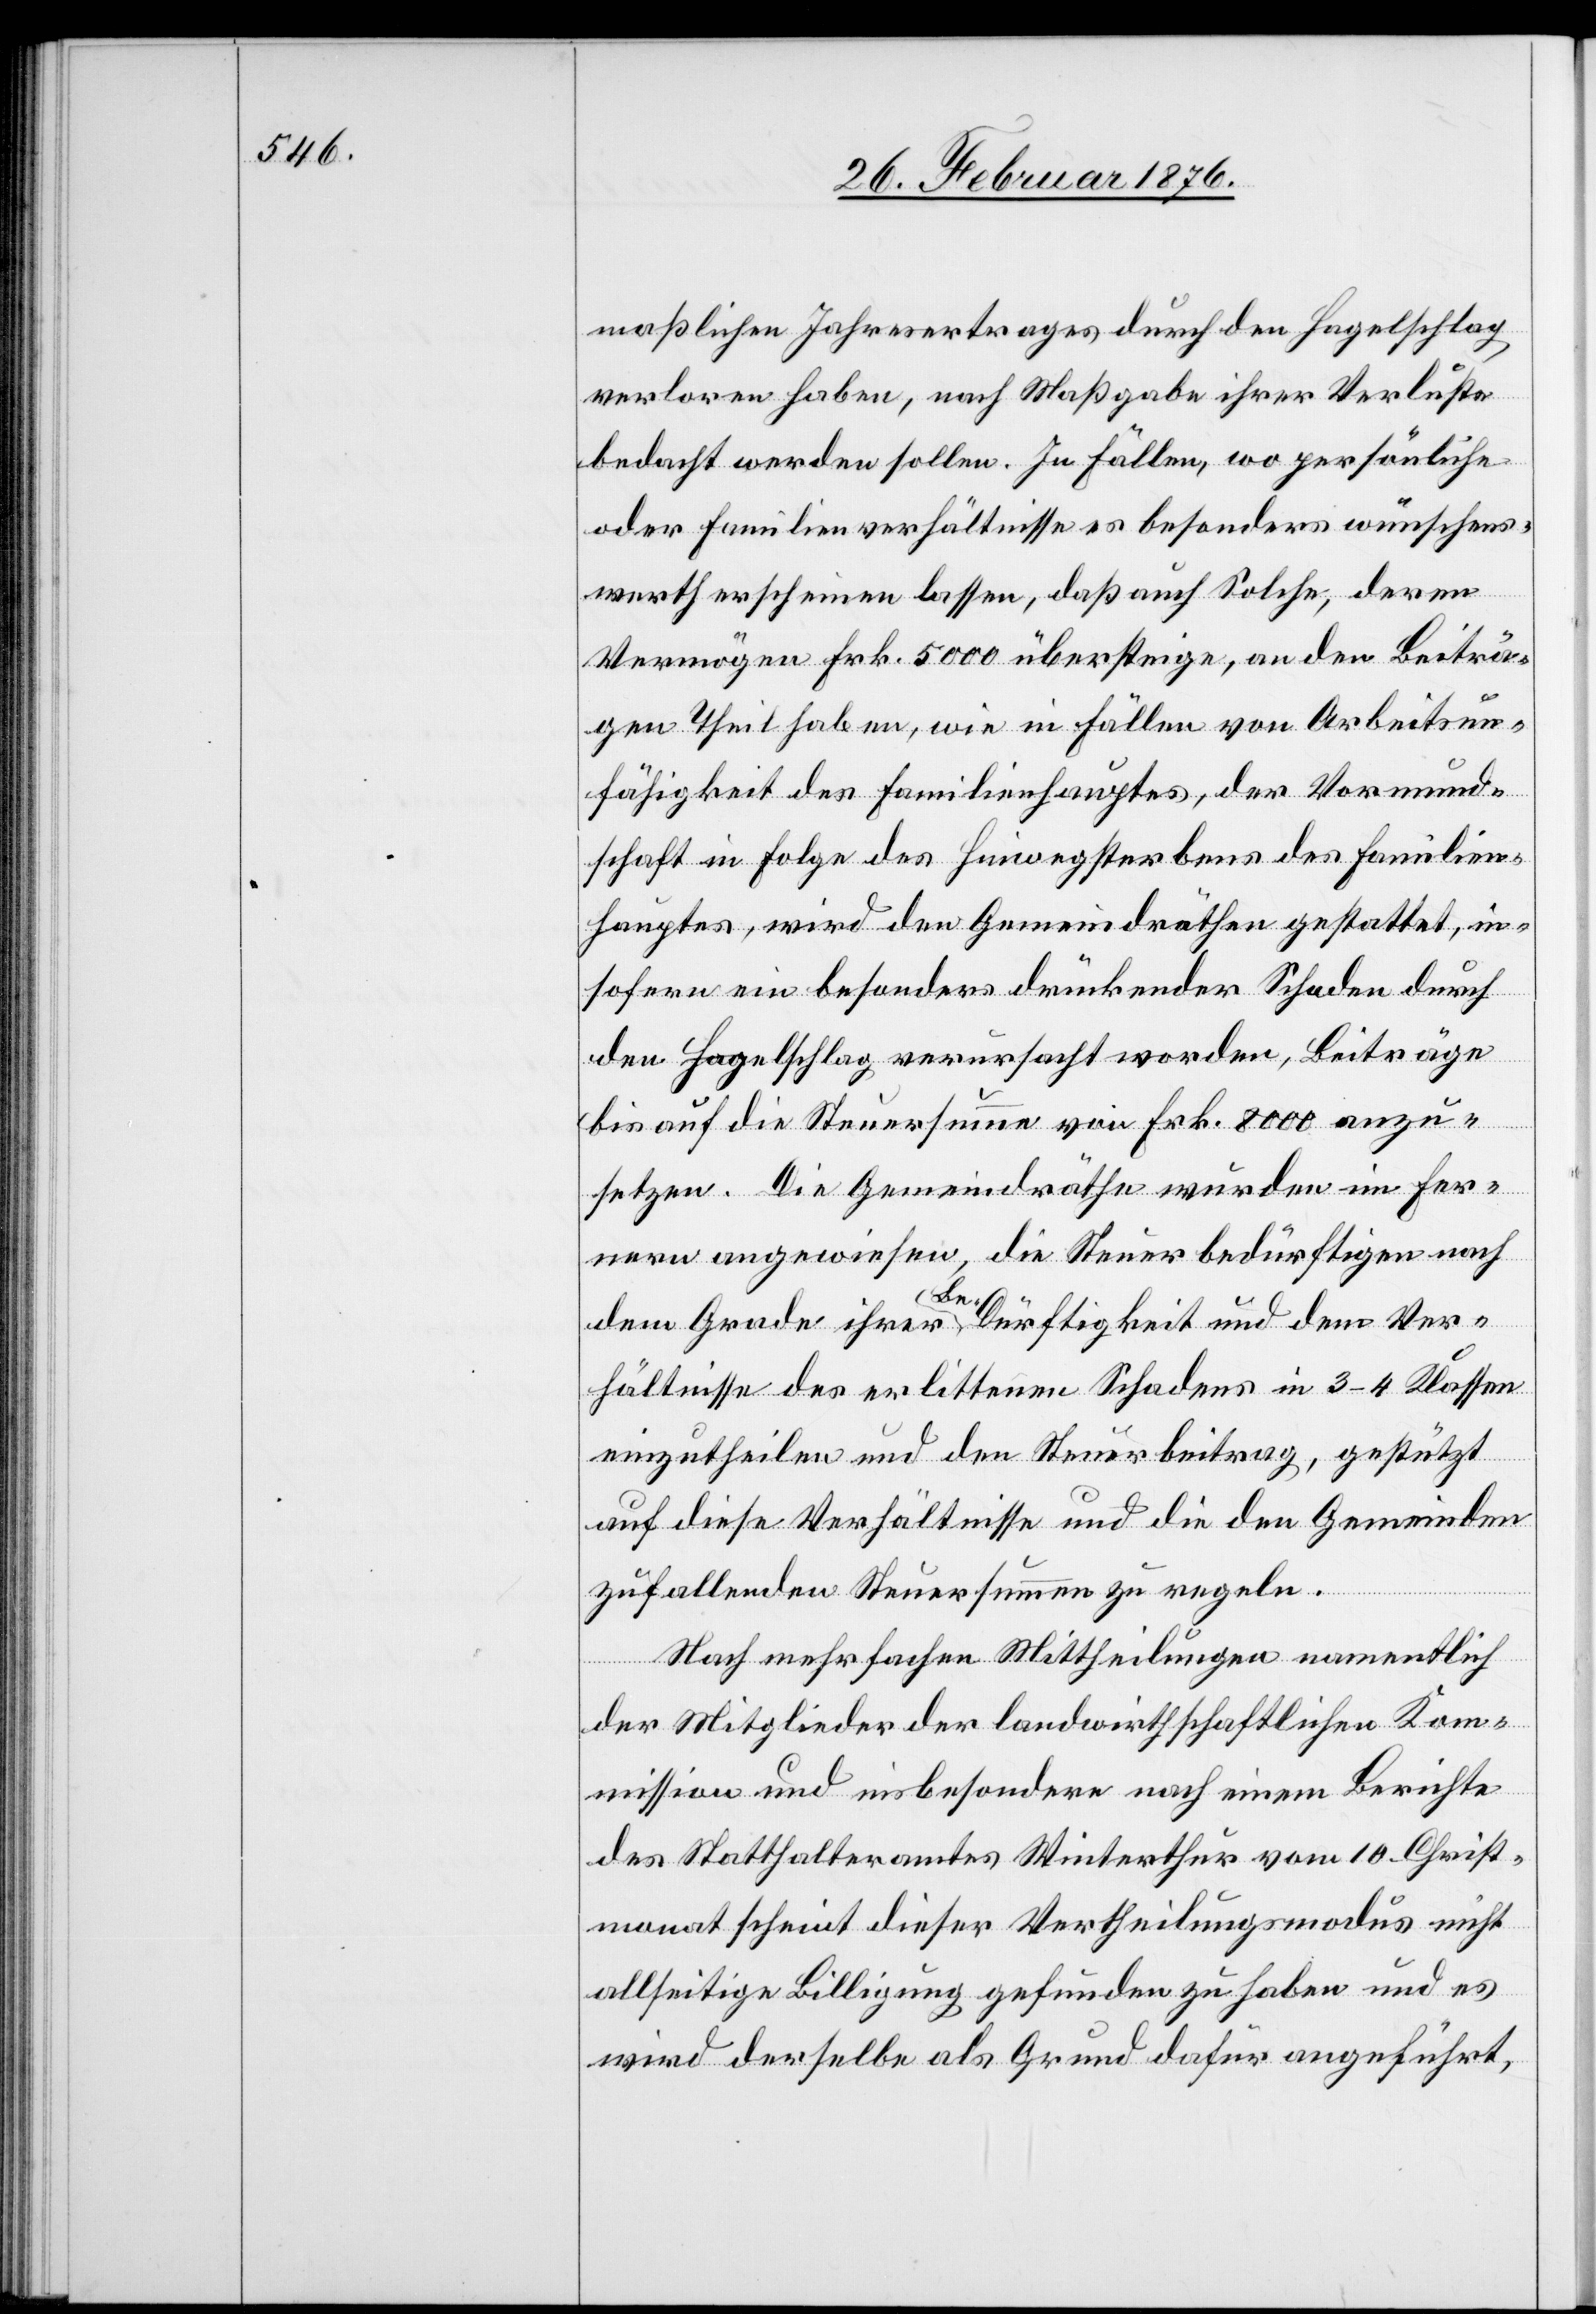
maßlichen Jahresertrages durch den Hagelschlag
verloren haben, nach Maßgabe ihrer Verluste
bedacht werden sollen. In Fällen, wo persönliche
oder Familienverhältnisse so besonders wünschens¬
werth erscheinen lassen, daß auch Solche, deren
Vermögen Frk. 5000 übersteige, an den Beiträ¬
gen Theil haben, wie in Fällen von Arbeitsun¬
fähigkeit des Familienhauptes, der Vormund¬
schaft in Folge des Hinwegsterbens des Familien¬
hauptes, wird den Gemeindräthen gestattet, in¬
sofern ein besonders drückender Schaden durch
den Hagelschlag verursacht worden, Beiträge
bis auf die Steuersumme von Frk. 8000 anzu¬
setzen. Die Gemeindräthe wurden im Fer¬
neren angewiesen, die Steuerbedürftigen nach
dem Grade ihrer Bedürftigkeit und dem Ver¬
hältnisse des erlittenen Schadens in 3–4 Klassen
einzutheilen und den Steuerbetrag, gestützt
auf diese Verhältnisse und die den Gemeinden
zufallenden Steuersummen zu regeln.
Nach mehrfachen Mittheilungen namentlich
der Mitglieder der landwirthschaftlichen Kom¬
mission und insbesondere nach einem Berichte
des Statthalteramtes Winterthur vom 10. Christ¬
monat scheint dieser Vertheilungsmodus nicht
allseitige Billigung gefunden zu haben und es
wird derselbe als Grund dafür angeführt,